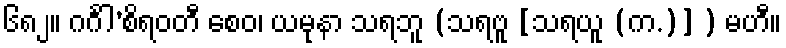
၆၈၂။ ဂင်္ဂါ’စိရဝတီ စေဝ၊ ယမုနာ သရဘူ (သရဗူ [သရယူ (က.)] ) မဟီ။